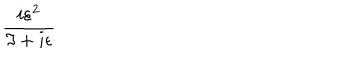
\frac { i \varepsilon ^ { 2 } } { \Im + i \epsilon }